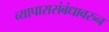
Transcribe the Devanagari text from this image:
व्यापारासंबंधावरुन